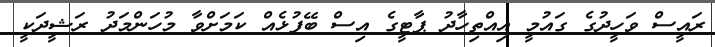
ރައީސް ވަހީދުގެ ގައުމީ އިއްތިހާދު ޕާޓީގެ އިސް ބޭފުޅެއް ކަމަށްވާ މުހަންމަދު ރަޝީދަކީ